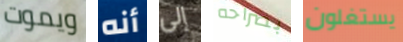
ويموت أنه إلى بصراحه يستغلون